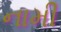
નામી